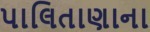
પાલિતાણાના